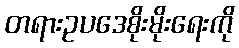
တရားဥပဒေစိုးမိုးရေးကို